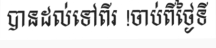
បានដល់ទៅពីរ !ចាប់ពីថ្ងៃទី